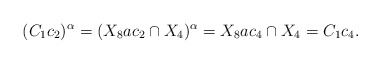
\begin{align*}(C_1c_2)^{\alpha}=(X_8ac_2\cap X_4)^{\alpha}=X_8ac_4\cap X_4=C_1c_4.\end{align*}